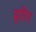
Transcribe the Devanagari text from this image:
हरीर